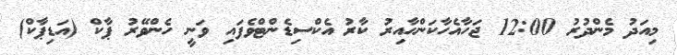
މިއަދު މެންދުރު 12:00 ޖަހާއެހާކަންހާއިރު ކާރު އެކްސިޑެންޓްވެފައި ވަނީ ހެންވޭރު ޕާކް (އަޑިޕާކް)